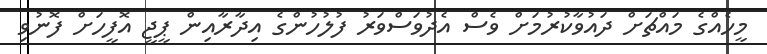
މީހެއްގެ މައްޗަށް ދައުވާކުރުމަށް ވެސް އެދުވަސްވަރު ފުލުހުންގެ އިދާރާއިން ޕީޖީ އޮފީހަށް ފޮނުވި